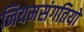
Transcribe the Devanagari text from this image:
नियमसंगतियों